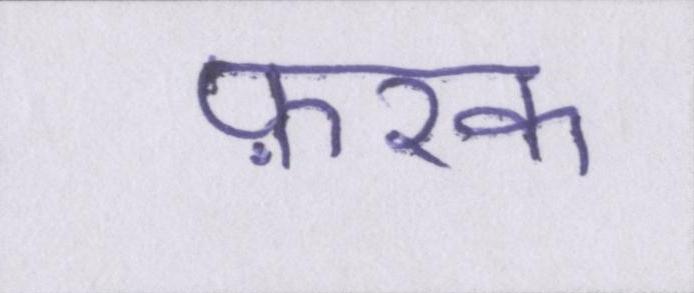
फ़रक